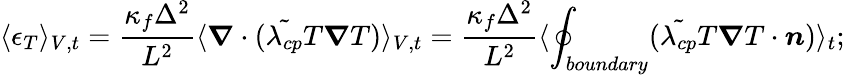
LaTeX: \langle\epsilon_{T}\rangle_{V,t}=\frac{\kappa_{f}\Delta^{2}}{L^{2}}\langle\boldsymbol{\nabla}\cdot(\tilde{\lambda_{cp}}T\boldsymbol{\nabla}T)\rangle_{V,t}=\frac{\kappa_{f}\Delta^{2}}{L^{2}}\langle\displaystyle\oint_{boundary}(\tilde{\lambda_{cp}}T\boldsymbol{\nabla}T\cdot\boldsymbol{n})\rangle_{t};